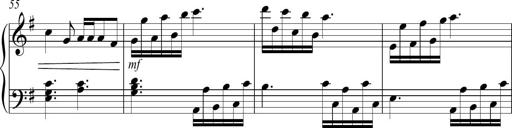
Title: Sonatina no. 2
Composer: Brian Henderson-Sellers
Key: G major